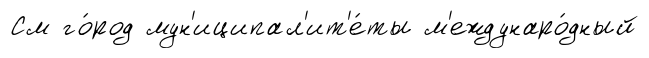
См го́род мун'иципал'ит'е́ты м'еждунаро́дный